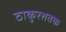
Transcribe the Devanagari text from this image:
ठाकुरशतक